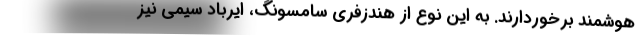
هوشمند برخوردارند. به این نوع از هندزفری سامسونگ، ایرباد سیمی نیز